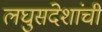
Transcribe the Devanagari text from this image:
लघुसंदेशांची